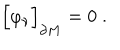
LaTeX: \Bigr [ \varphi _ { \nu } \Bigr ] _ { \partial M } = 0 \; .